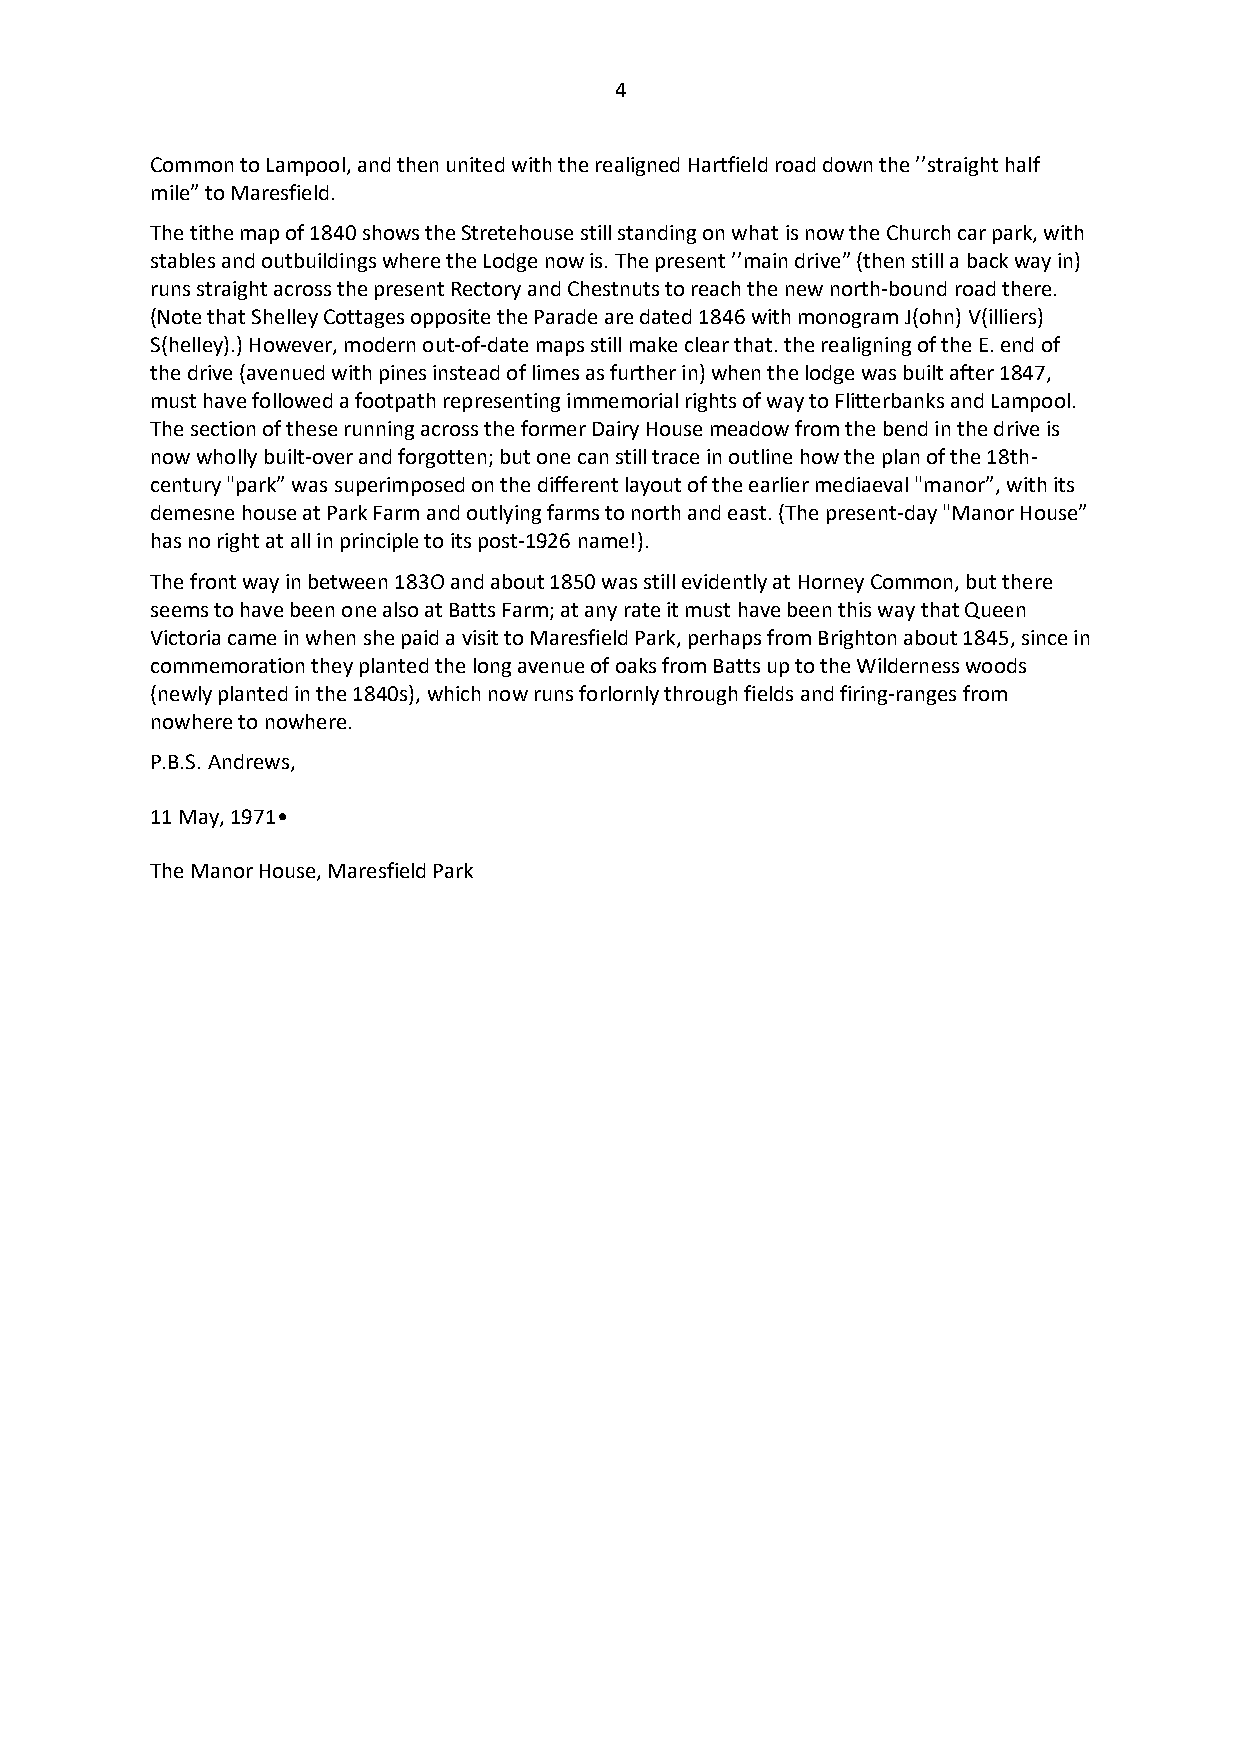
4
 Common to Lampool, and then united with the realigned Hartfield road down the ’’straight half
 mile” to Maresfield.
 The tithe map of 1840 shows the Stretehouse still standing on what is now the Church car park, with
 stables and outbuildings where the Lodge now is. The present ’’main drive” (then still a back way in)
 runs straight across the present Rectory and Chestnuts to reach the new north-bound road there.
 (Note that Shelley Cottages opposite the Parade are dated 1846 with monogram J(ohn) V(illiers)
 S(helley).) However, modern out-of-date maps still make clear that. the realigning of the E. end of
 the drive (avenued with pines instead of limes as further in) when the lodge was built after 1847,
 must have followed a footpath representing immemorial rights of way to Flitterbanks and Lampool.
 The section of these running across the former Dairy House meadow from the bend in the drive is
 now wholly built-over and forgotten; but one can still trace in outline how the plan of the 18th-
 century "park” was superimposed on the different layout of the earlier mediaeval "manor”, with its
 demesne house at Park Farm and outlying farms to north and east. (The present-day "Manor House”
 has no right at all in principle to its post-1926 name!).
 The front way in between 183O and about 1850 was still evidently at Horney Common, but there
 seems to have been one also at Batts Farm; at any rate it must have been this way that Queen
 Victoria came in when she paid a visit to Maresfield Park, perhaps from Brighton about 1845, since in
 commemoration they planted the long avenue of oaks from Batts up to the Wilderness woods
 (newly planted in the 1840s), which now runs forlornly through fields and firing-ranges from
 nowhere to nowhere.
 P.B.S. Andrews,
 11 May, 1971•
 The Manor House, Maresfield Park